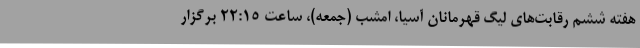
هفته ششم رقابت‌های لیگ قهرمانان آسیا، امشب (جمعه)، ساعت ۲۲:۱۵ برگزار